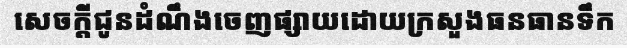
សេចក្តីជូនដំណឹងចេញផ្សាយដោយក្រសួងធនធានទឹក